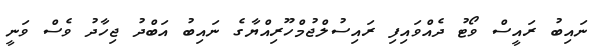
ނައިބު ރައީސް ވޯޓު ދެއްވައިފި ރައިސުލްޖުމްހޫރިއްޔާގެ ނައިބު އަބްދު ޖިހާދު ވެސް ވަނީ